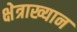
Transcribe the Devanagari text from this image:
क्षेत्राख्यान